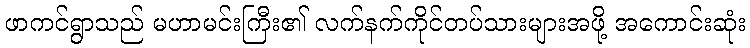
ဖာကင်ရွာသည် မဟာမင်းကြီး၏ လက်နက်ကိုင်တပ်သားများအဖို့ အကောင်းဆုံး